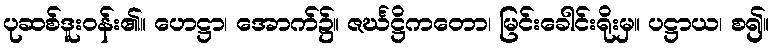
ပုဆစ်ဒူးဝန်း၏။ ဟေဋ္ဌာ၊ အောက်၌။ ဇင်္ဃဋ္ဌိကတော၊ မြင်းခေါင်းရိုးမှ။ ပဋ္ဌာယ၊ စ၍။